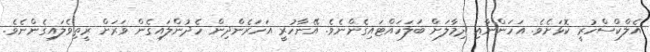
އެލްކްސްހުރީ ކޮޅަށެވެ. އަހަންނާއި ދިމާލަށް ބަލަހައްޓައިގެންނެވެ. އޭނާހުރީ އަހަރެންދިން ހެދުންލައިގެން ވަރަށް ރީތިވެލައިގެންނެވެ.